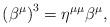
LaTeX: \begin{align*}\left( \beta ^{\mu }\right) ^{3}=\eta ^{\mu \mu }\beta ^{\mu }, \end{align*}